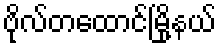
ဗိုလ်တထောင်မြို့နယ်